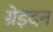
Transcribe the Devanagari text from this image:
ग्रेइदन